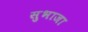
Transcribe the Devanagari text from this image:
सुभाजा